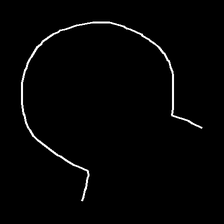
Glyph: weave